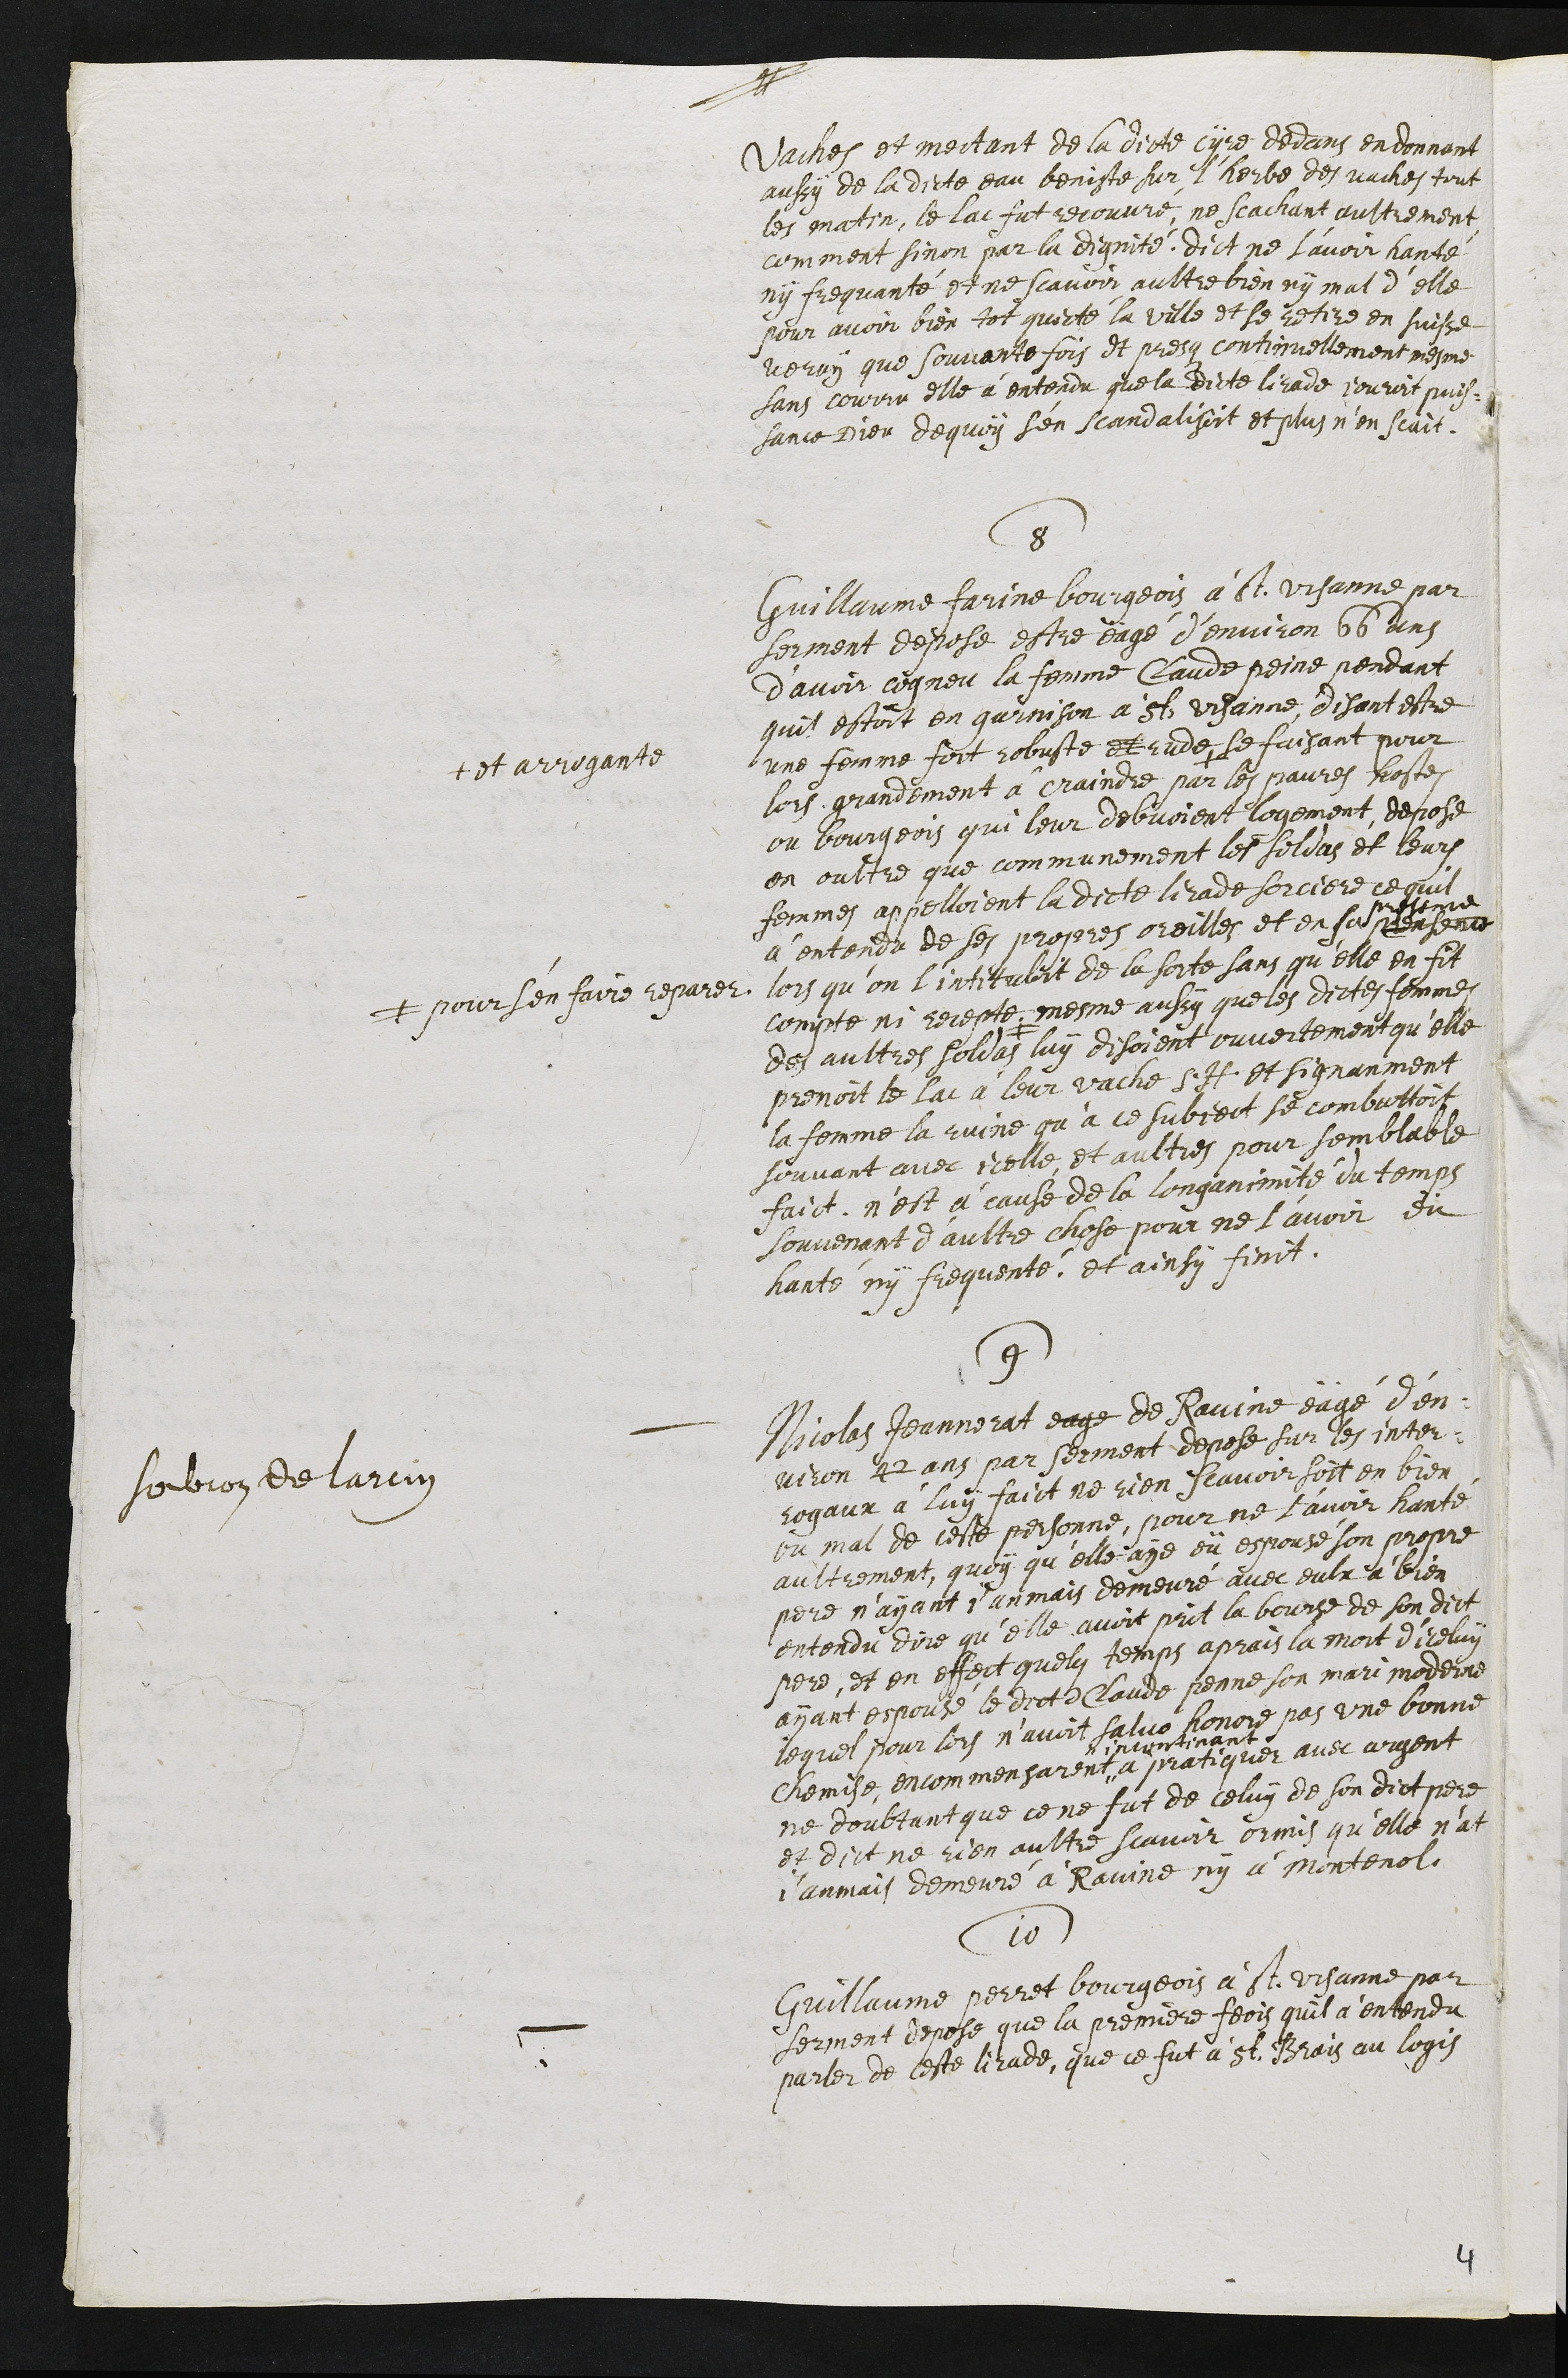
vaches et mectant de la dicte cyre dedans en donnant
aussy de ladicte eau beniste sur l'herbe des vaches tout
les matin, le lac fut recouvré, ne scachant aultrement
comment sinon par la dignité. dict ne l’avoir hanté
ny frequanté et ne scavoir aultre bien ny mal d'elle
pour avoir bien tot quicté la ville et se retire en Suisse
veray que souvante fois et presq continuellement mesme
sans courru elle à entendu que la dicte lirade jouroit puis¬
sance Dieu de quoy s'en scandalisoit et plus nen scait.
8
Guillaume Farine bourgeois à St Ursanne par
serment depose estre eägé d’environ 66 ans
d’avoir cogneu la femme Claude peine pendant
quil estoit en garnison à St Ursanne, disant estre
une femme fort robuste et rude +
+ et arrogante
se faisant pour
lors grandement à craindre par les pavres hostes
ou bourgeois qui leur debvoient logement, depose
en oultre que communement les soldas et leurs
femmes appelloient la dicte lirade sorciere ce quil
a entendu de ses propres oreilles et en sa prensence
presence
lors qu’on l'intituloit de la sorte sans qu'elle en fit
compte ni recepte #
# pour s'en faire reparer
mesme aussy que les dictes femmes
des aultres soldas luy disoient ouvertement qu'elle
prenoit le lac à leur vache S. H. Et signanment
la femme la ruine qu’à ce subject se combattoit
souvant avec icelle et aultres pour semblable
faict. n'est à cause de la longanimité du temps
souvenant d'aultre chose pour ne l'avoir eü
hanté ny frequenté. et ainsy finit.
9
Soubcon de larcin :
Nicolas Jeannerat eage de Ravine eägé d'en¬
viron 42 ans par serment depose sur les inter-
rogaux à luy faict ne rien scavoir soit en bien
ou mal de ceste personne, pour ne l'avoir hanté
aultrement, quoy qu'elle aye eü espousé son propre
pere n'ayant j'anmais demeuré avec eulx à bien
entendu dire qu'elle avoit prit la bourse de son dict
pere, et en effect quelque temps aprais la mort d'iceluy
ayant espousé le dict Claude Penne son mari moderne
lequel pour lors n'avoit salvo honore pas une bonne
Chemise encommensarent #
# incontinant
a pratiquer avec argent
ne doubtant que ce ne fut de celuy de son dict pere
et dict ne rien aultre scavoir ormis qu’elle n’at
j'anmais demeuré à Ravine ny à Montenol
10
Guillaume Perret bourgeois à St. Ursanne par
serment depose que la premiere feois quil a entendu
parler de ceste lirade, que ce fut à St Brais au logis
4